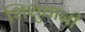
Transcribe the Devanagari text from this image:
शिशुधानी